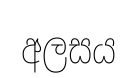
අලසය